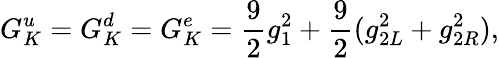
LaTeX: G_{K}^{u}=G_{K}^{d}=G_{K}^{e}={\frac{9}{2}}g_{1}^{2}+{\frac{9}{2}}(g_{2L}^{2}+g_{2R}^{2}),